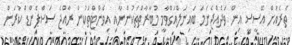
ތެރެއަށް އޭސީސީ އިން ވަދެއްޖެނަމަ ބައިނަލްއަގްވާމީ މުބާރާތްތަކުންނާއި އިވެންޓްތަކުން ރާއްޖެ ސަސްޕެންޑް ކުރަން